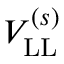
V _ { \mathrm { L L } } ^ { ( s ) }